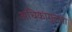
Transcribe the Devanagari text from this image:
अधिकांगुलता